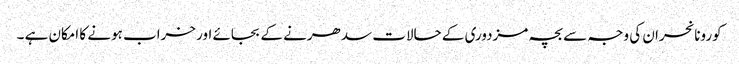
کورونا نحران کی وجہ سے بچہ مزدوری کے حالات سدھرنے کے بجائے اور خراب ہونے کا امکان ہے ۔